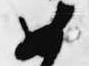
如